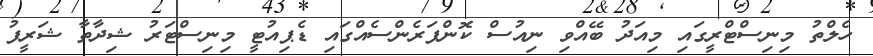
ހެލްތު މިނިސްޓްރީގައި މިއަދު ބޭއްވި ނިއުސް ކޮންފަރެންސެއްގައި ޑެޕިއުޓީ މިނިސްޓަރު ޝިދާތާ ޝަރީފު